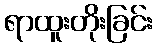
ရာထူးတိုးခြင်း